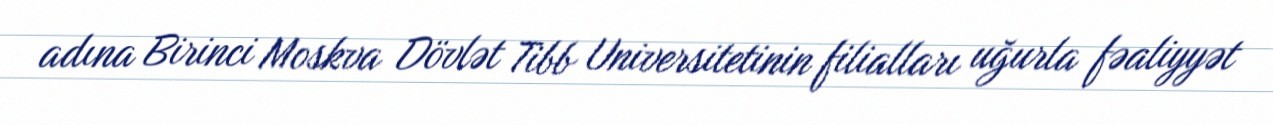
adına Birinci Moskva Dövlət Tibb Universitetinin filialları uğurla fəaliyyət